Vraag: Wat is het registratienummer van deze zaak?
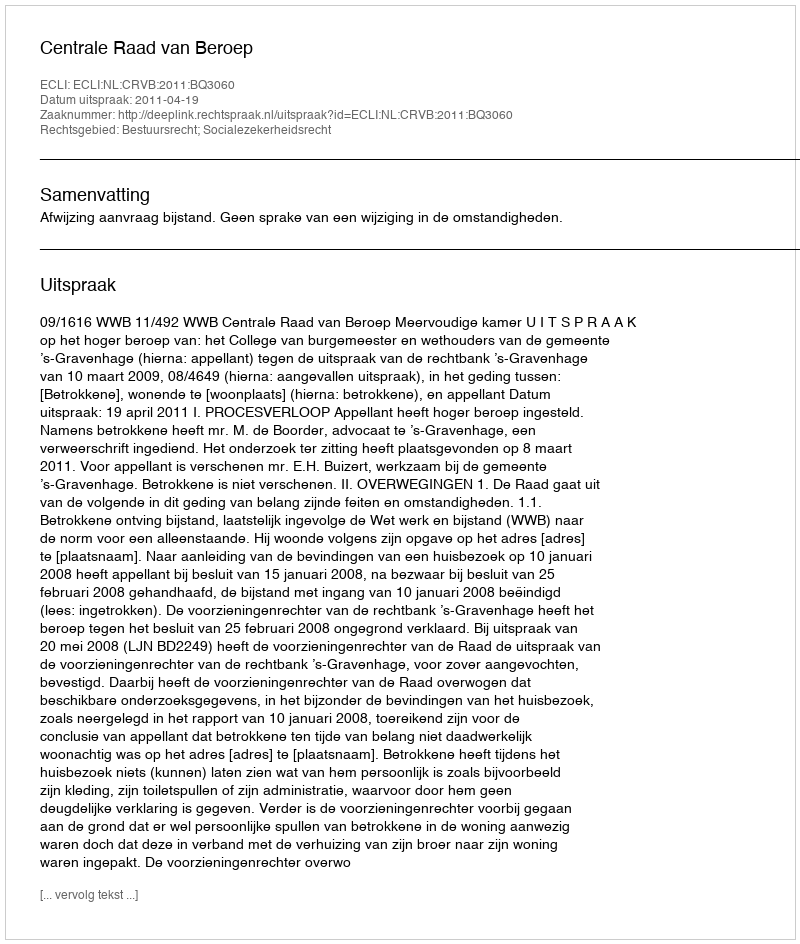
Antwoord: http://deeplink.rechtspraak.nl/uitspraak?id=ECLI:NL:CRVB:2011:BQ3060